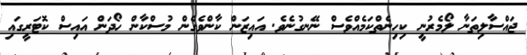
ޖައްސާލިތަނާ ލޯމެރުނީ ކިހިނެތްކަމެއްވެސް ނޭނގުނެވެ. އައިޒަން ކާންވެގެން މުސްކާން ހޯދަން އައިސް ކޮޓަރީގައި